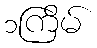
၁ကြိမ်